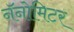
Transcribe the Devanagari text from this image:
नॅनोमिटर